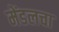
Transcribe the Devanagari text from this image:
मेंडलचा